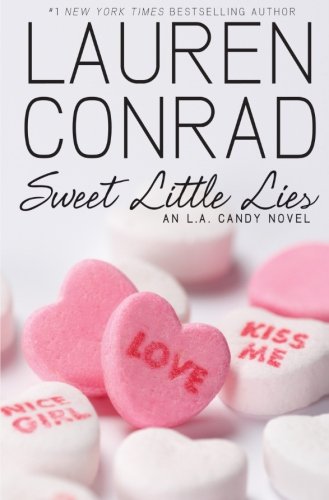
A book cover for Sweet Little Lies (L.A. Candy); Lauren Conrad; Teen & Young Adult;